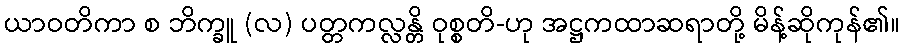
ယာဝတိကာ စ ဘိက္ခူ (လ) ပတ္တကလ္လန္တိ ဝုစ္စတိ-ဟု အဋ္ဌကထာဆရာတို့ မိန့်ဆိုကုန်၏။